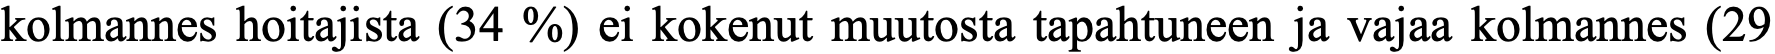
kolmannes hoitajista (34 %) ei kokenut muutosta tapahtuneen ja vajaa kolmannes (29